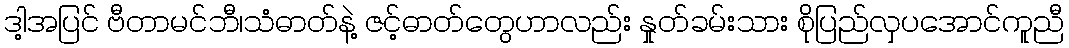
ဒါ့အပြင် ဗီတာမင်ဘီ၊သံဓာတ်နဲ့ ဇင့်ဓာတ်တွေဟာလည်း နှုတ်ခမ်းသား စိုပြည်လှပအောင်ကူညီ